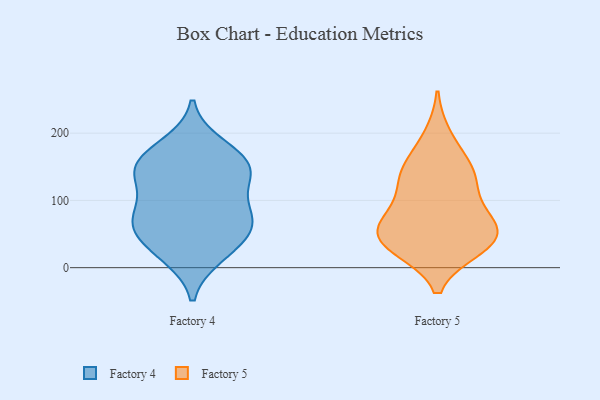
{"axis": {"x": "Waste Production (Tons)", "y": "Value"}, "legend": ["Factory 4", "Factory 5"], "data": [{"x": "", "y": 139, "type": "Factory 4"}, {"x": "", "y": 62, "type": "Factory 4"}, {"x": "", "y": 72, "type": "Factory 4"}, {"x": "", "y": 20, "type": "Factory 4"}, {"x": "", "y": 138, "type": "Factory 4"}, {"x": "", "y": 59, "type": "Factory 4"}, {"x": "", "y": 66, "type": "Factory 4"}, {"x": "", "y": 43, "type": "Factory 4"}, {"x": "", "y": 17, "type": "Factory 4"}, {"x": "", "y": 143, "type": "Factory 4"}, {"x": "", "y": 97, "type": "Factory 4"}, {"x": "", "y": 153, "type": "Factory 4"}, {"x": "", "y": 89, "type": "Factory 4"}, {"x": "", "y": 183, "type": "Factory 4"}, {"x": "", "y": 172, "type": "Factory 4"}, {"x": "", "y": 148, "type": "Factory 4"}, {"x": "", "y": 61, "type": "Factory 5"}, {"x": "", "y": 140, "type": "Factory 5"}, {"x": "", "y": 46, "type": "Factory 5"}, {"x": "", "y": 53, "type": "Factory 5"}, {"x": "", "y": 58, "type": "Factory 5"}, {"x": "", "y": 99, "type": "Factory 5"}, {"x": "", "y": 72, "type": "Factory 5"}, {"x": "", "y": 145, "type": "Factory 5"}, {"x": "", "y": 29, "type": "Factory 5"}, {"x": "", "y": 195, "type": "Factory 5"}, {"x": "", "y": 150, "type": "Factory 5"}, {"x": "", "y": 120, "type": "Factory 5"}, {"x": "", "y": 31, "type": "Factory 5"}, {"x": "", "y": 32, "type": "Factory 5"}]}